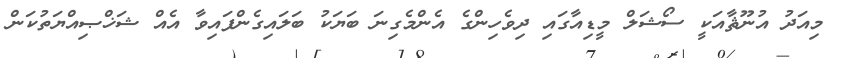
މިއަދު އުނޫޘާއަކީ ސޯޝަލް މީޑިއާގައި ދިވެހިންގެ އެންމެގިނަ ބަޔަކު ބަލައިގެންފައިވާ އެއް ޝަޚްޞިއްޔަތުކަން